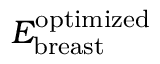
E _ { \mathrm { b r e a s t } } ^ { \mathrm { o p t i m i z e d } }